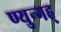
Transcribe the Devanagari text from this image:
ण्युन्गह्